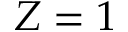
Z = 1